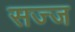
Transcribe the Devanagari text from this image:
सज्‍ज